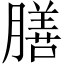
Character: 膳